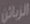
الزبائن